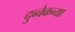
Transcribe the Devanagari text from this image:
दुब्चेकच्या